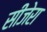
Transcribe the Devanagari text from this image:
सीजेरा